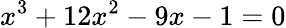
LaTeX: x^{3}+12x^{2}-9x-1=0